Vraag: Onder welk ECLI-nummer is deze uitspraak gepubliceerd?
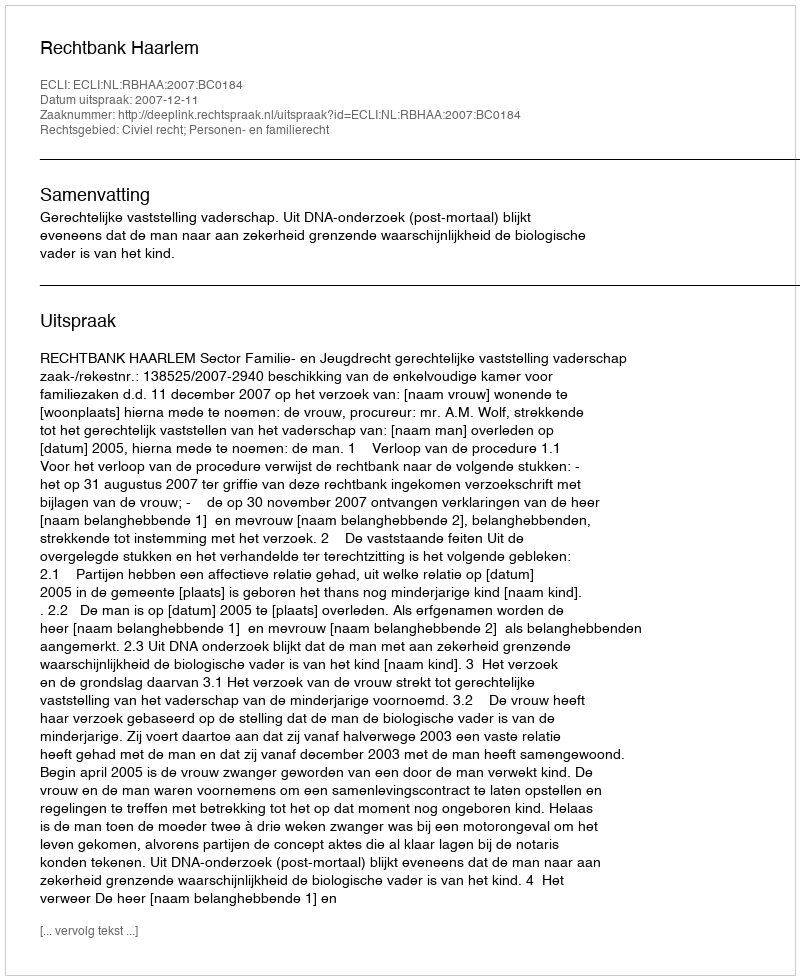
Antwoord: ECLI:NL:RBHAA:2007:BC0184